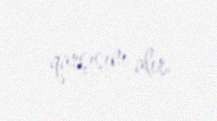
qarşısını alır.